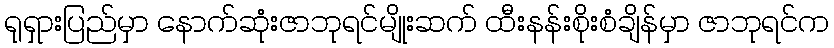
ရုရှားပြည်မှာ နောက်ဆုံးဇာဘုရင်မျိုးဆက် ထီးနန်းစိုးစံချိန်မှာ ဇာဘုရင်က